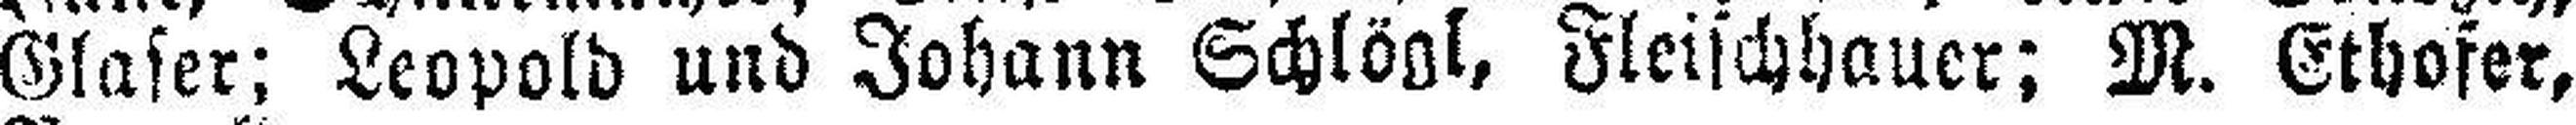
Glaser; Leopold und Johann Schlögl, Fleischhauer; M. Ethofer,